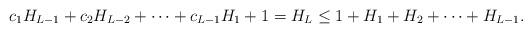
LaTeX: \begin{align*}c_1 H_{L - 1} + c_2 H_{L - 2} + \cdots + c_{L - 1} H_{1} + 1 = H_L \leq 1 + H_1 + H_2 + \cdots + H_{L - 1}.\end{align*}